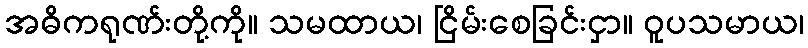
အဓိကရုဏ်းတို့ကို။ သမထာယ၊ ငြိမ်းစေခြင်းငှာ။ ဝူပသမာယ၊